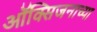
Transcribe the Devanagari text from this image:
ऑक्सिजनाच्या